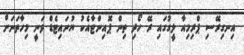
އިނގިރޭސި ޕްރިމިއާ ލީގުގައި ރޭ ހޯދި ތިން ޕޮއިންޓާއެކު ޔުނައިޓެޑް ވަނީ މިހާތަނަށް